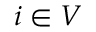
i \in V